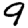
Digit: 9